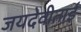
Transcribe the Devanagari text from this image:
जयदेवीताई